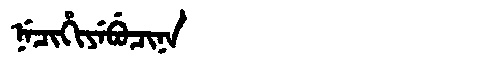
Manchu: ᠨᡝᠴᡳᡥᡳᠶᡝᠪᡠᠴᡳᠨᠠ
Romanization: NECIHIYEBUCINA